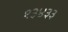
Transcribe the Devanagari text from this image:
१३४३३